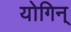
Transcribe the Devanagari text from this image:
योगिन्